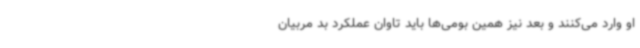
او وارد می‌کنند و بعد نیز همین بومی‌ها باید تاوان عملکرد بد مربیان